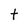
Character: t